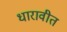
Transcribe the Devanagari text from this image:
धारावीत